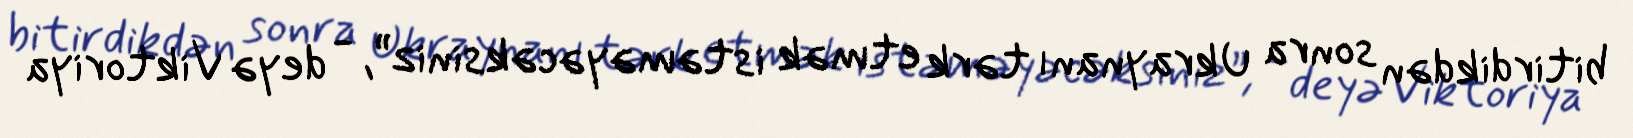
bitirdikdən sonra Ukraynanı tərk etmək istəməyəcəksiniz”, - deyə Viktoriya